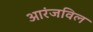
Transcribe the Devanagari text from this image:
आरंजविल